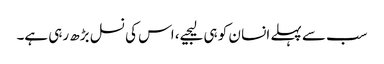
سب سے پہلے انسا ن کو ہی لیجیے، اس کی نسل بڑھ رہی ہے۔